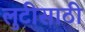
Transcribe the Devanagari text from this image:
लुटीसाठी